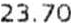
23.70